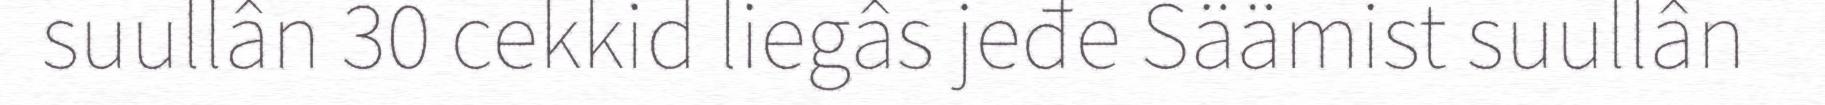
suullân 30 cekkid liegâs jeđe Säämist suullân